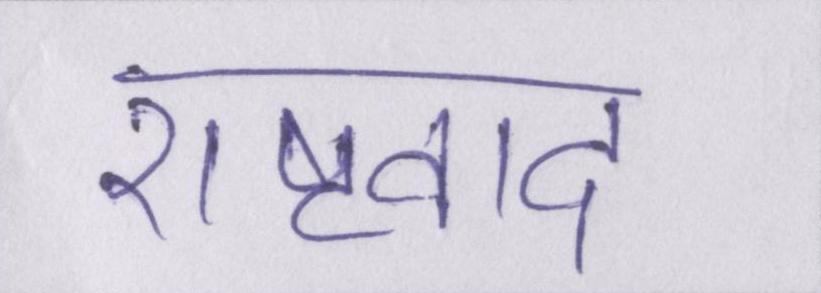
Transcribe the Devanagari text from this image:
राष्ट्रवाद